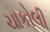
ચાકોલી